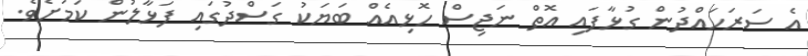
އެ ސަރަހައްދުން ގުޅާފައި އޮތް ނަޖިސް ހޮޅިއެއް ބަޔަކު ގަސްދުގައި ފަޅާލުން ކަމަށެވެ.